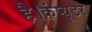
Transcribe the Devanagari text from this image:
है।कंप्यूटर